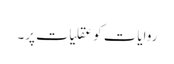
روایات کو عقلیات پر۔